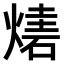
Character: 𤎃